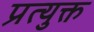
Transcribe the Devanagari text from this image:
प्रत्युक्त